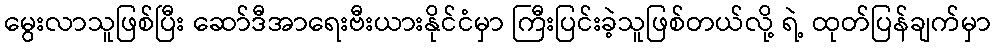
မွေးလာသူဖြစ်ပြီး ဆော်ဒီအာရေးဗီးယားနိုင်ငံမှာ ကြီးပြင်းခဲ့သူဖြစ်တယ်လို့ ရဲ့ ထုတ်ပြန်ချက်မှာ